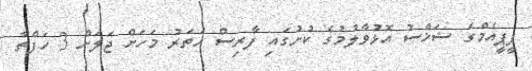
ޕީޕީއެމްގެ ޝަޚްސު އޮޅުވާލުމުގެ ކުށުގައި ފާރިސް ހަތަރު މަހަށް ޖަލަށް 3 ހަފްތާ